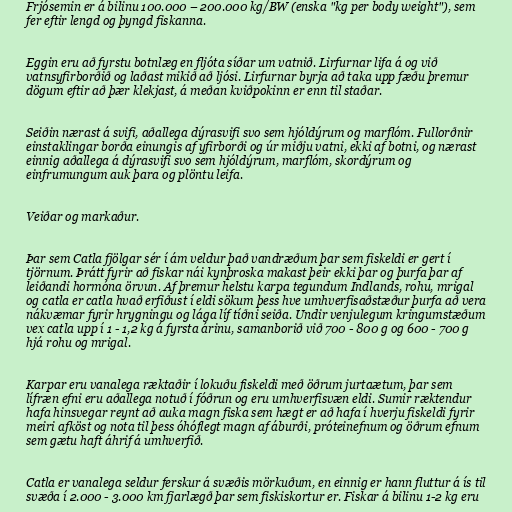
Frjósemin er á bilinu 100.000 – 200.000 kg/BW (enska "kg per body weight"), sem
fer eftir lengd og þyngd fiskanna.

Eggin eru að fyrstu botnlæg en fljóta síðar um vatnið. Lirfurnar lifa á og við
vatnsyfirborðið og laðast mikið að ljósi. Lirfurnar byrja að taka upp fæðu þremur
dögum eftir að þær klekjast, á meðan kviðpokinn er enn til staðar.

Seiðin nærast á svifi, aðallega dýrasvifi svo sem hjóldýrum og marflóm. Fullorðnir
einstaklingar borða einungis af yfirborði og úr miðju vatni, ekki af botni, og nærast
einnig aðallega á dýrasvifi svo sem hjóldýrum, marflóm, skordýrum og
einfrumungum auk þara og plöntu leifa.

Veiðar og markaður.

Þar sem Catla fjölgar sér í ám veldur það vandræðum þar sem fiskeldi er gert í
tjörnum. Þrátt fyrir að fiskar nái kynþroska makast þeir ekki þar og þurfa þar af
leiðandi hormóna örvun. Af þremur helstu karpa tegundum Indlands, rohu, mrigal
og catla er catla hvað erfiðust í eldi sökum þess hve umhverfisaðstæður þurfa að vera
nákvæmar fyrir hrygningu og lága líf tíðni seiða. Undir venjulegum kringumstæðum
vex catla upp í 1 - 1,2 kg á fyrsta árinu, samanborið við 700 - 800 g og 600 - 700 g
hjá rohu og mrigal.

Karpar eru vanalega ræktaðir í lokuðu fiskeldi með öðrum jurtaætum, þar sem
lífræn efni eru aðallega notuð í fóðrun og eru umhverfisvæn eldi. Sumir ræktendur
hafa hinsvegar reynt að auka magn fiska sem hægt er að hafa í hverju fiskeldi fyrir
meiri afköst og nota til þess óhóflegt magn af áburði, próteinefnum og öðrum efnum
sem gætu haft áhrif á umhverfið.

Catla er vanalega seldur ferskur á svæðis mörkuðum, en einnig er hann fluttur á ís til
svæða í 2.000 - 3.000 km fjarlægð þar sem fiskiskortur er. Fiskar á bilinu 1-2 kg eru